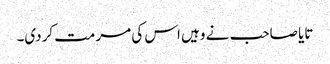
تایا صاحب نے وہیں اس کی مرمت کردی۔